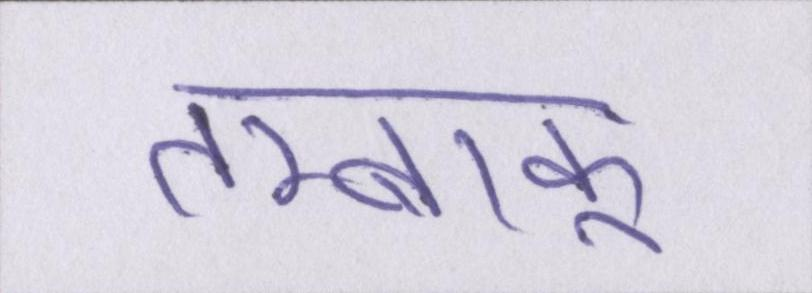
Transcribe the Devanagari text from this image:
तम्बाकू